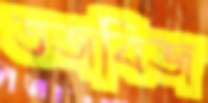
তজবিজ